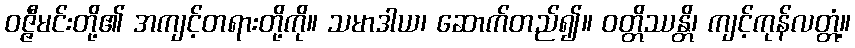
ဝဇ္ဇီမင်းတို့၏ အကျင့်တရားတို့ကို။ သမာဒါယ၊ ဆောက်တည်၍။ ဝတ္တိဿန္တိ၊ ကျင့်ကုန်လတ္တံ့။